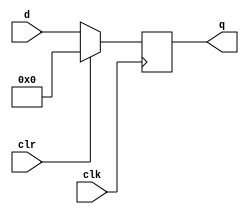
`timescale 1ns / 1ps
// Parallel in Parallel out

module pipo(
    input clk,
    input clr,
    input [3:0] d,
    output reg [3:0] q
    );
    
always @(posedge clk)
begin
    if(clr ==1)
    begin
    q = 4'b0000;
    end 
    else
    begin
    q=d;
    end
    
    
end
    
endmodule